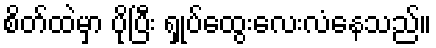
စိတ်ထဲမှာ ပိုပြီး ရှုပ်ထွေးလေးလံနေသည်။